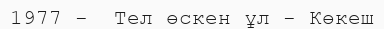
1977 -  Тел өскен ұл - Көкеш